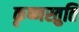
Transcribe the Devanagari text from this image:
कृष्णस्तुति